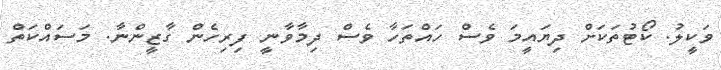
ވަކީލު. ކޯޓުތަކަށް ދިޔައީމަ ވެސް ހައްތަހާ ވެސް ދިމާވާނީ ފިރިހެން ގާޒީންނާ. މަސައްކަތް